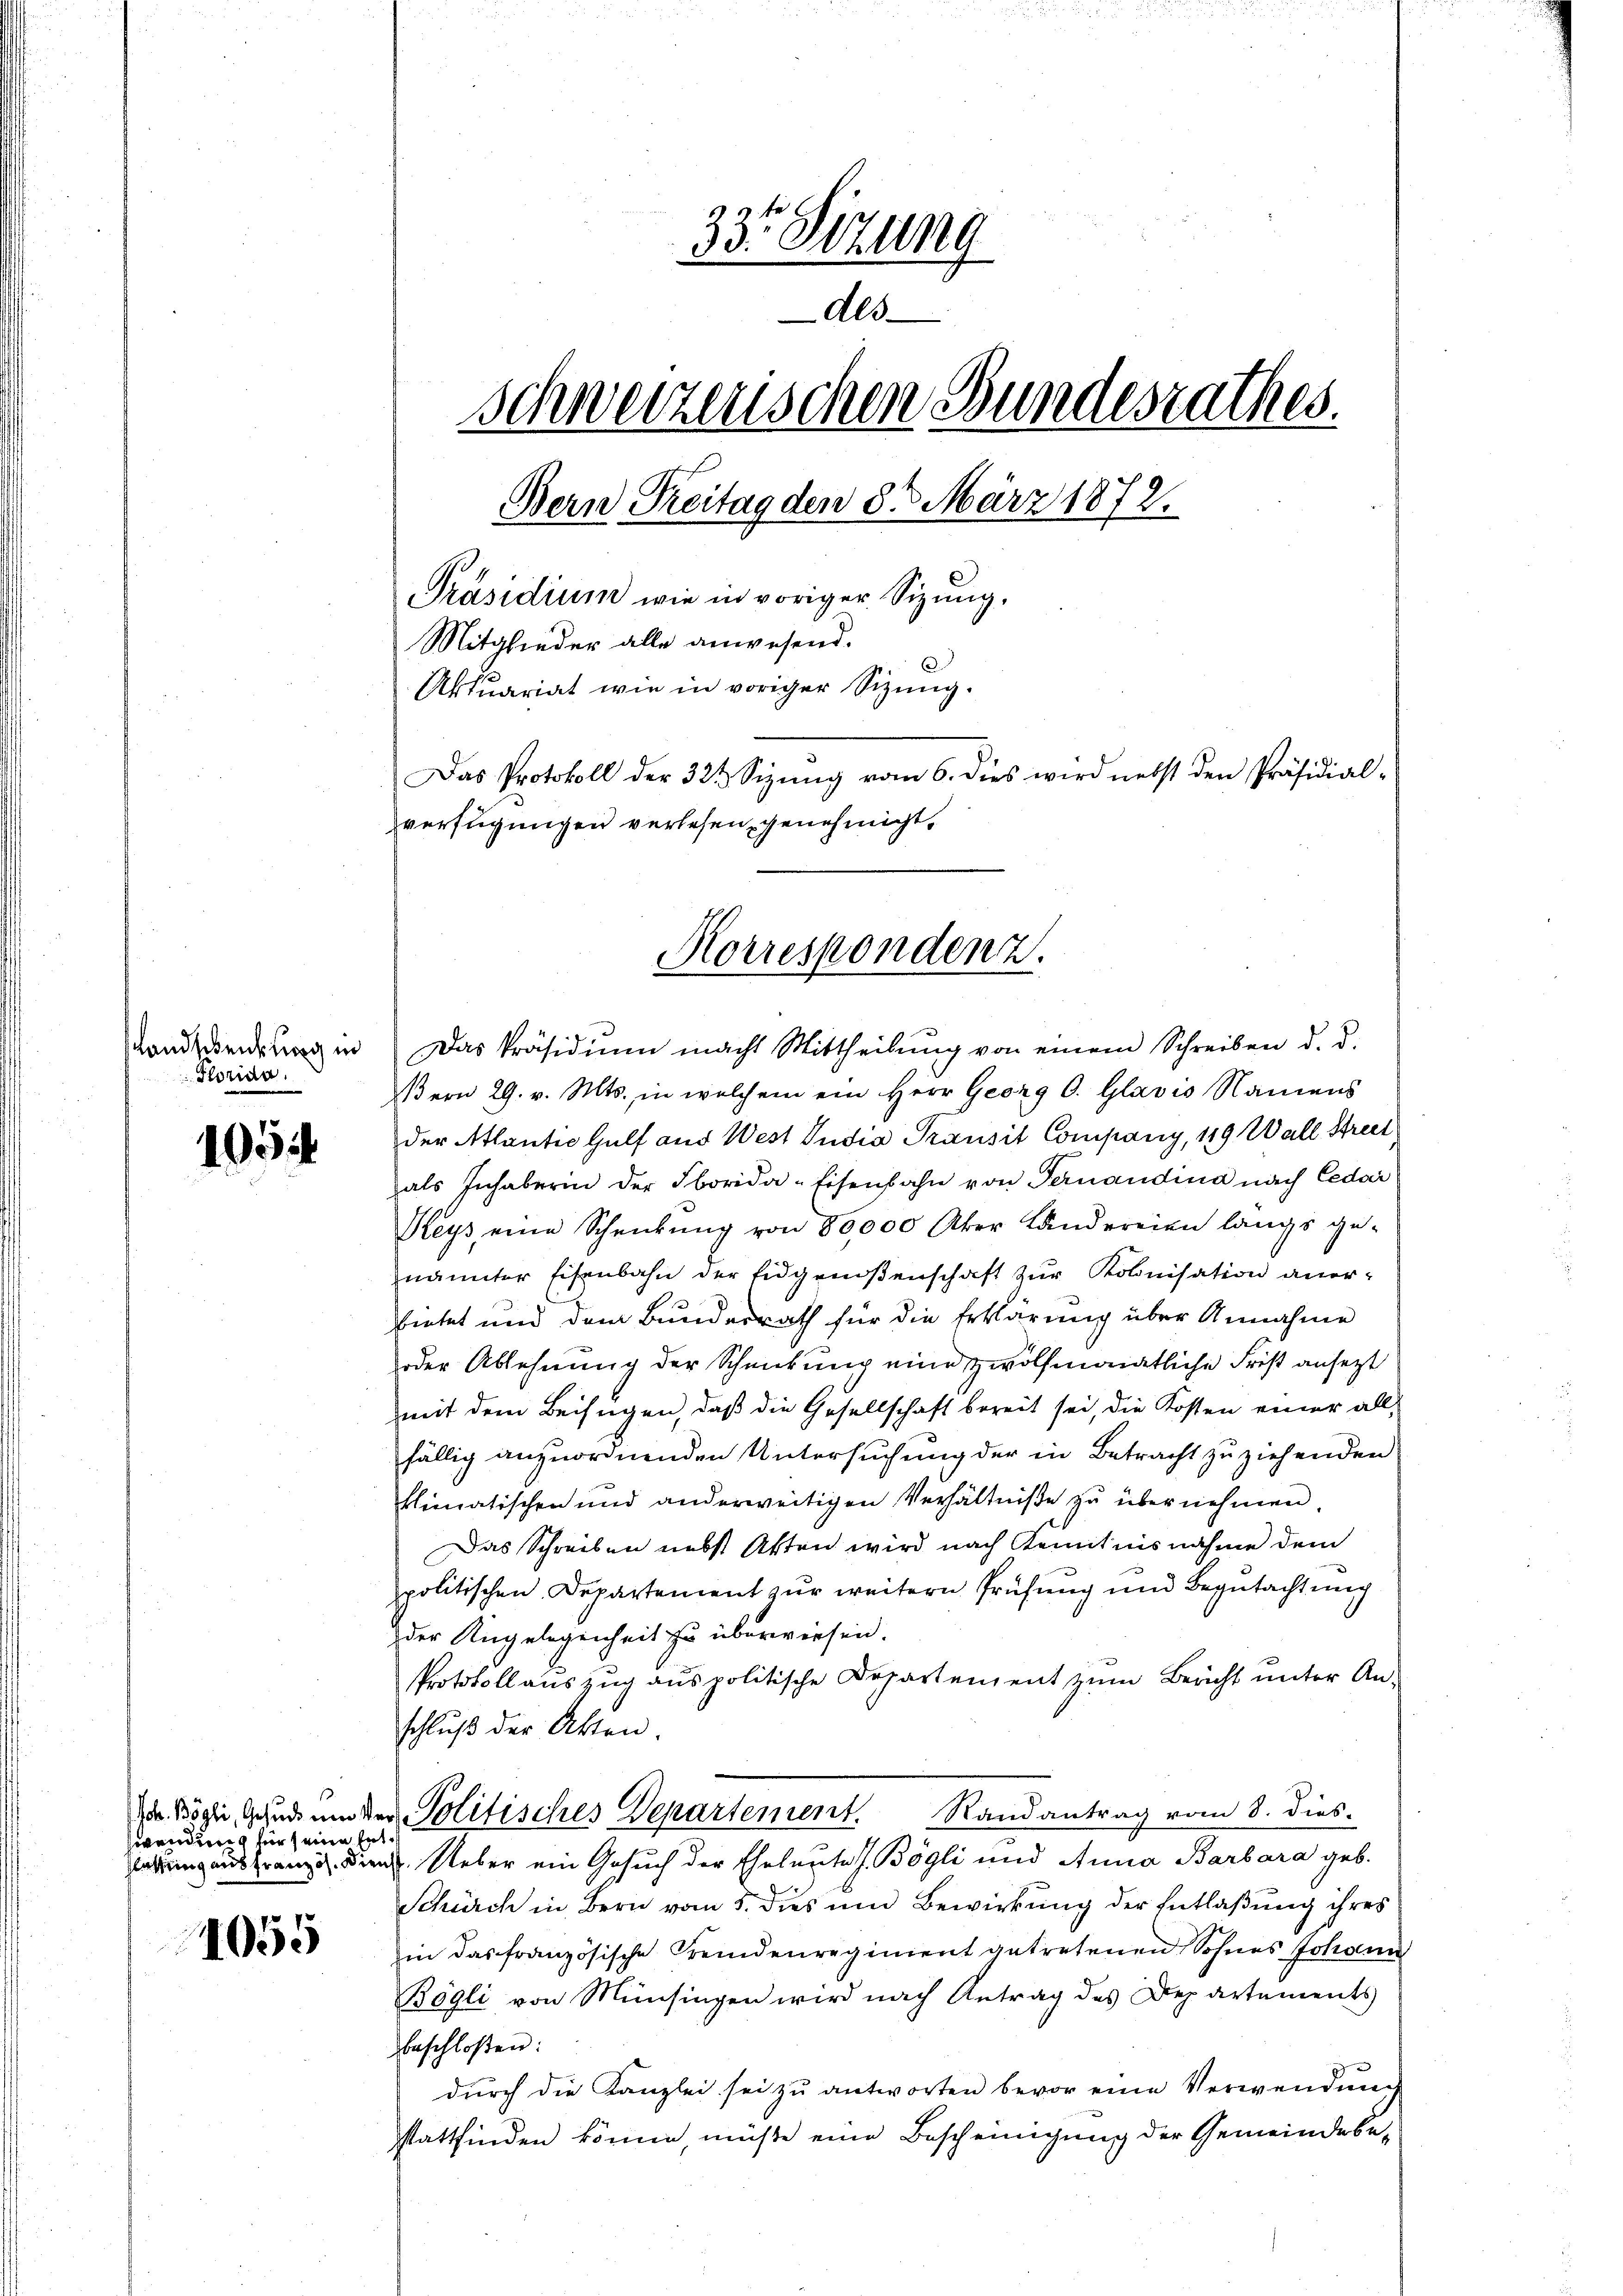
Landschenkung in
Porida.

10

Zwendung für seine En

1055

33 Stzung
dls
schweizerischen Bundesrathes.
Bern Treitag den 8ten März 1872.
Präsidium wie in voriger Sitzung.
Mitglieder alle anwesend.
6.
Aktuariat wie in voriger Sitzung.
Das Protokoll der 322 Sizŭng vom 6. dies wird nebst den Präsidial-
verfügungen verlesen genehmigt,

Korrespondenz.

Das Präsidiŭm macht Mittheilŭng von einem Schreiben d. d.
Bern 29. v. Mts. in welchem ein Herr Georg O. Glavis Namens
der Atlantie Gülf aus West India Transit Company, 119 Wall Streit
als Inhaberin der Iborida-Eisenbahn von Fernandina nach Cedar
Meys eine Scheidŭng von 80,000 Aker Landereien längs ge-
nannter Eisenbahn der Eidgenoßenschaft zŭr Kolonisation aner-
bietet und dem Bundesrath für die Erklärung über Annahme
oder Ablehnung der Schenkung eine zwölfmonatliche Frist ansetzt
mit dem Beifügen, daß die Gesellschaft bereit sei, die Kosten einer all-
fällig anzuordnenden Untersuchung der in Betracht zu ziehenden
klimatischen und anderweitigen Verhältniße zu übernehmen.
Das Schreiben nebst Akten wird nach Kenntnisnahme dem
politischen Departement zur weitern Prüfung und Begutachtung
der Angelegenheit zu überwiesen.
Protokoll auszug aus politische Departement zum Bericht unter Anschluß der Akten.
 Mögli, Gesudum der Politisches Departement. Randantrag vom 8. dies-
tof
aungaus franz. Diens. Ueber ein Gesuch der Eheleute s. Bögli und Anna Barbara geb.
Schürch in Bern vom 5. dies und Bewirkung der Entlaßung ihres
in das französische Fremdenregiment getretenen Sohnes Johann
Bögli von Münsingen wird nach Antrag des Departements
beschloßen:
durch die Kanzlei sei zu antworten bevor eine Verwendung
stattfinden könne, müße eine Bescheinigung der Gemeindese-